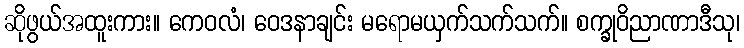
ဆိုဖွယ်အထူးကား။ ကေဝလံ၊ ဝေဒနာချင်း မရောမယှက်သက်သက်။ စက္ခုဝိညာဏာဒီသု၊